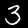
Digit: 3